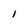
Character: l